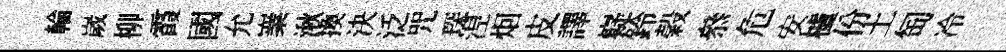
輪嵗柳霞國允嶪湫換決泛咒琛𣵀𤇆皮譯嶷鈴榖叅危安櫨份土匋冷